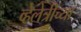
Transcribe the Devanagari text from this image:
व्हेलेत्रीच्या